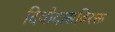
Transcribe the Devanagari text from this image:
दिवोदासविरक्त